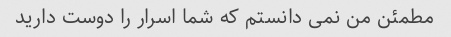
مطمئن من نمی دانستم که شما اسرار را دوست دارید